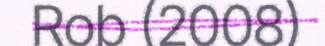
Rob (2008)